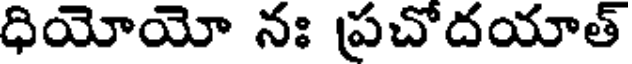
ధియోయో నః ప్రచోదయాత్